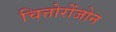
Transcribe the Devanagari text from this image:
चित्तोरोंजोन